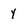
Character: y